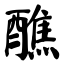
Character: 醮